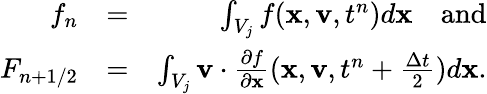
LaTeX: \begin{array}{rlr}{f_{n}}&{=}&{\int_{V_{j}}f(\mathbf x,\mathbf v,t^{n})d\mathbf x\quad\mathrm{and}}\\ {F_{n+1/2}}&{=}&{\int_{V_{j}}\mathbf v\cdot\frac{\partial f}{\partial\mathbf x}(\mathbf x,\mathbf v,t^{n}+\frac{\Delta t}{2})d\mathbf x.}\end{array}